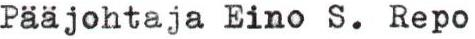
Pääjohtaja Eino S. Repo